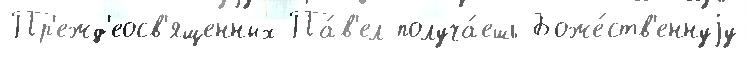
Пр'ежд'еосв'ященных Па́в'ел получа́ешь Боже́ств'еннуjу